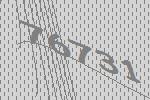
76731